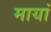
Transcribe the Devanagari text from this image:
मायां